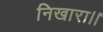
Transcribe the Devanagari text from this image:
निखारा।।